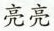
亮亮